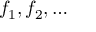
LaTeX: f _ { 1 } , f _ { 2 } , \ldots